Sketch of the medical history of the native army of Bombay, for the year
Year: 1875
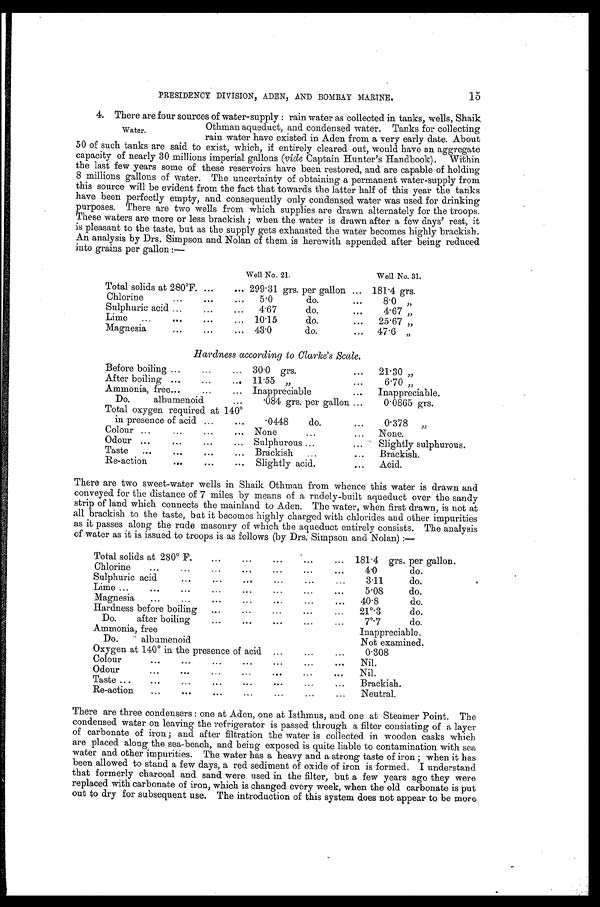
PRESIDENCY DIVISION, ADEN, AND BOMBAY MARINE.
15
4. There are four sources of water-supply: rain water as collected in tanks, wells, Shai
k Othman aqueduct, and condensed water. Tanks for collecting
rain water have existed in Aden from a very early date. About
50 of such tanks are said to exist, which, if entirely cleared out, would have an aggregate
capacity of nearly 30 millions imperial gallons (vide Captain Hunter's Handbook). Within
the last few years some of these reservoirs have been restored, and are capable of holding
8 millions gallons of water. The uncertainty of obtaining a permanent water-supply from
this source will be evident from the fact that towards the latter half of this year the tanks
have been perfectly empty, and consequently only condensed water was used for drinking
purposes. There are two wells from which supplies are drawn alternately for the troops.
These waters are more or less brackish; when the water is drawn after a few days' rest, it
is pleasant to the taste, but as the supply gets exhausted the water becomes highly brackish.
An analysis by Drs. Simpson and Nolan of them is herewith appended. after being reduced
into grains per gallon:—
Well No. 21.
Well No. 31.
Total solids at 280°F.
299·31 grs. per gallon
181·4 grs.
Chlorine
5·0 do.
8· 0 ”
Sulphuric acid
4·67 do.
4· 67 ”
Lime
10·15 do.
25 . 67 ”
Magnesia
43·0 do.
47·6 ”
Hardness according to Clarke's Scale.
Before boiling
30·0 grs.
21·30 ”
After boiling
11·55 ”
6·70 ”
Ammonia, free
Inappreciable
Inappreciable.
Do. albumenoid
·084 grs. per gallon
0·0865 grs.
Total oxygen required at 140°i
n presence of acid
·0448 do.
0·378 ”
Colour
None
None.
Odour
Sulphurous
Slightly sulphurous.
Taste
Brackish
Brackish.
Re-action
Slightly acid.
Acid.
There are two sweet-water wells in Shaik William from whence this water is drawn and
conveyed for the distance of 7 miles by means of a rudely-built aqueduct over the sandy
strip of land which connects the mainland to Aden. The water, when first drawn, is not at
all brackish to the taste, but it becomes highly charged with chlorides and other impurities
as it passes along the rude masonry of which the aqueduct entirely consists. The analysis
of water as it is issued to troops is as follows (by Drs. Simpson and Nolan):—
Total solids at 280° F.
181·4 grs. per gallon.
Chlorine
4·0 do.
Sulphuric acid
3·11
do.
Lime
5·08 do.
Magnesia
40·8 do.
H a r d n e s s b e f o r e b o i l i n g
21°·3 do.
Do. after boiling
7°·7 do.
Ammonia, free
Inappreciable.
Do. albumenoid
Not examined.
Oxygen at 140° in the presence of acid
0·308
Colour
Nil.
Odour
Nil.
Taste
Brackish.
Re-action
Neutral.
There are three condensers: one at Aden, one at Isthmus, and one at Steamer Point. The
condensed water on leaving the refrigerator is passed through a filter consisting of a layer
of carbonate of iron; and after filtration the water is collected in wooden casks which
are placed along the sea-beach, and being exposed is quite liable to contamination with sea
water and other impurities. The water has a heavy and a strong taste of iron; when it has
been allowed to stand a few days, a red sediment of oxide of iron is formed. I understand
that formerly charcoal and sand were used in the filter, but a few years ago they were
replaced with carbonate of iron, which is changed every week, when the old carbonate is put
out to dry for subsequent use. The introduction of this system does not appear to be more
Water.